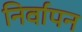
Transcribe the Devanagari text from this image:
निर्वापन